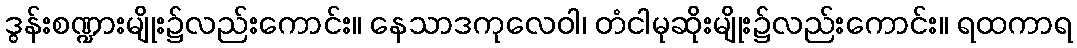
ဒွန်းစဏ္ဍားမျိုး၌လည်းကောင်း။ နေသာဒကုလေဝါ၊ တံငါမုဆိုးမျိုး၌လည်းကောင်း။ ရထကာရ